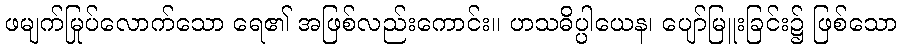
ဖမျက်မြုပ်လောက်သော ရေ၏ အဖြစ်လည်းကောင်း။ ဟသဓိပ္ပါယေန၊ ပျော်မြူးခြင်း၌ ဖြစ်သော